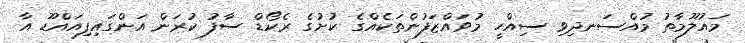
މައުލޫމާތު މުއްސަނދިވި ސިއްހީ މުވައްޒަފުންތަކެއްގެ ކުށުގެ ރެކޯޑް ސާފު ކުރަން އަންގައިފިއައްޑޫ އާ